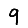
Digit: 9